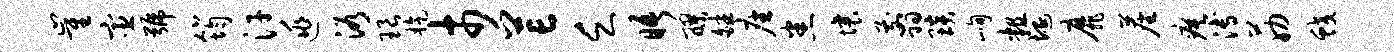
崔宦号筠汗逃浴琅旋市芒乏晤醪皤座悉壤翦琰峋粗埏靡尘瘼溥筋蛟